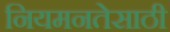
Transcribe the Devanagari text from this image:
नियमनतेसाठी